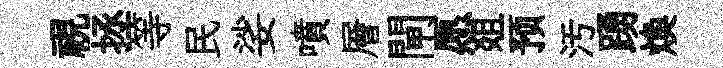
視拯等民娑噴層閘愿爼预汚踴焕